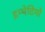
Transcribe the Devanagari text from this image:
इम्पेटिगो